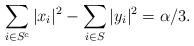
LaTeX: \begin{align*} \sum_{i \in S^c} |x_i|^2 - \sum_{i \in S} |y_i|^2 = \alpha / 3. \end{align*}